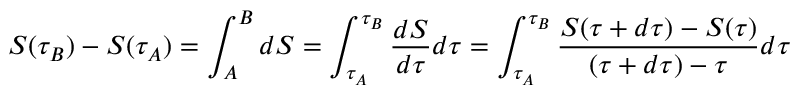
S ( \tau _ { B } ) - S ( \tau _ { A } ) = \int _ { A } ^ { B } d S = \int _ { \tau _ { A } } ^ { \tau _ { B } } { \frac { d S } { d \tau } } d \tau = \int _ { \tau _ { A } } ^ { \tau _ { B } } { \frac { S ( \tau + d \tau ) - S ( \tau ) } { ( \tau + d \tau ) - \tau } } d \tau